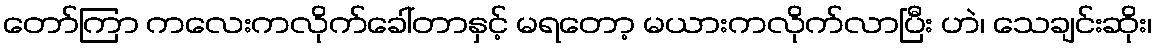
တော်ကြာ ကလေးကလိုက်ခေါ်တာနှင့် မရတော့ မယားကလိုက်လာပြီး ဟဲ၊ သေချင်းဆိုး၊